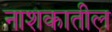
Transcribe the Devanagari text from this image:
नाशकातील